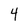
Character: 4